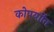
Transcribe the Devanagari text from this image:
कोपर्याीत